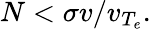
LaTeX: N<\sigma v/v_{T_{e}}.